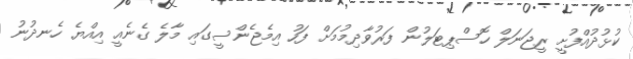
ކުޅުދުއްފުށީ ރީޖަނަލް ހޮސްޕިޓަލުން ފަރުވާދިމުމަށް ފަހު އިމެޖެންސީގައި މާލެ ގެނެއީ އިއްޔެ ހެނދުނު